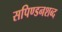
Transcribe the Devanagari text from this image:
सपिण्डनशब्द